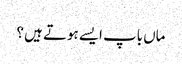
ماں باپ ایسے ہوتے ہیں ؟